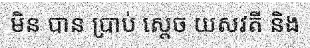
មិន បាន ប្រាប់ ស្តេច យសវតី និង